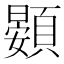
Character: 𲊵